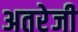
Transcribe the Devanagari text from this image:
अतरेजी